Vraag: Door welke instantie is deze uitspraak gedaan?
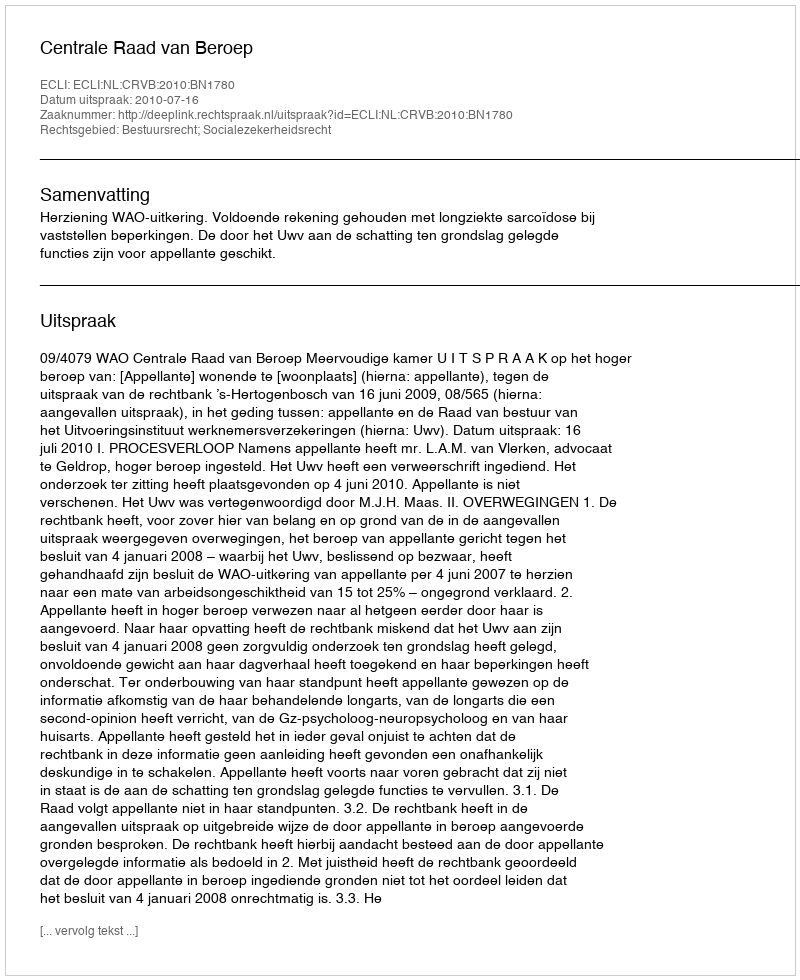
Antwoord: Centrale Raad van Beroep